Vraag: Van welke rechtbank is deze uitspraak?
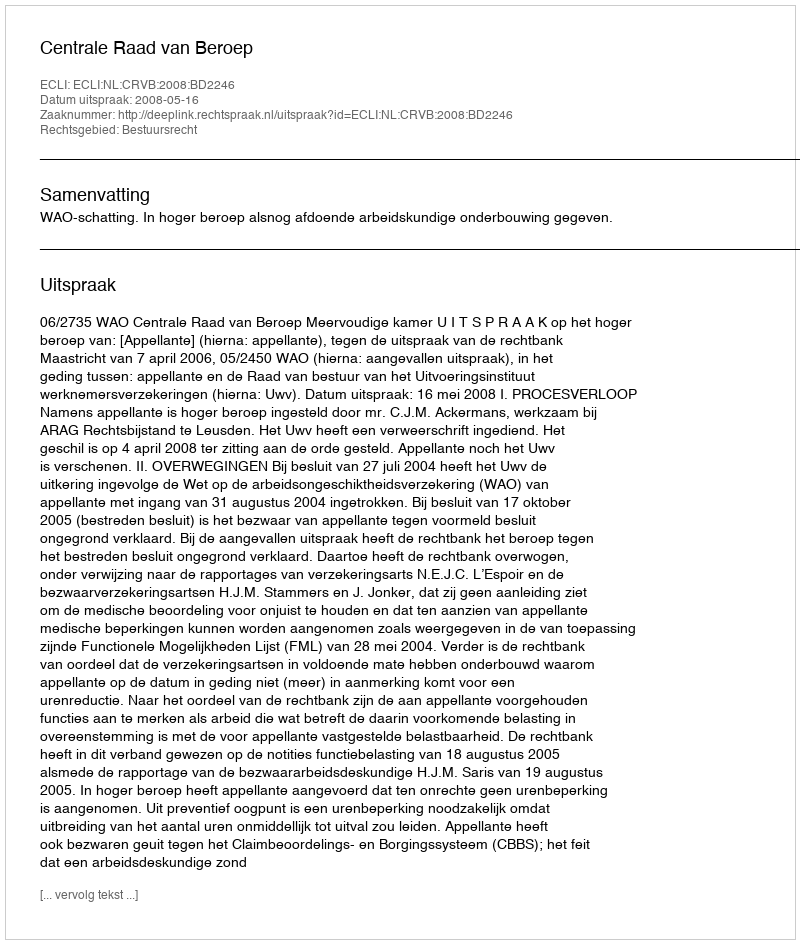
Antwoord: Centrale Raad van Beroep